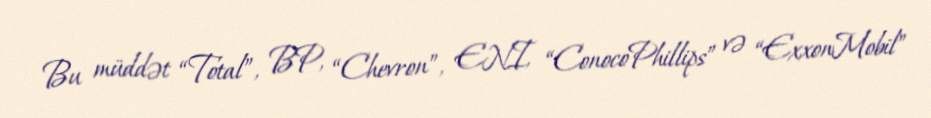
Bu müddət “Total”, BP, “Chevron”, ENI, “ConocoPhillips” və “ExxonMobil”